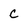
Character: c